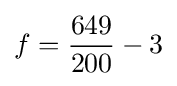
f={\frac {649}{200}}-3